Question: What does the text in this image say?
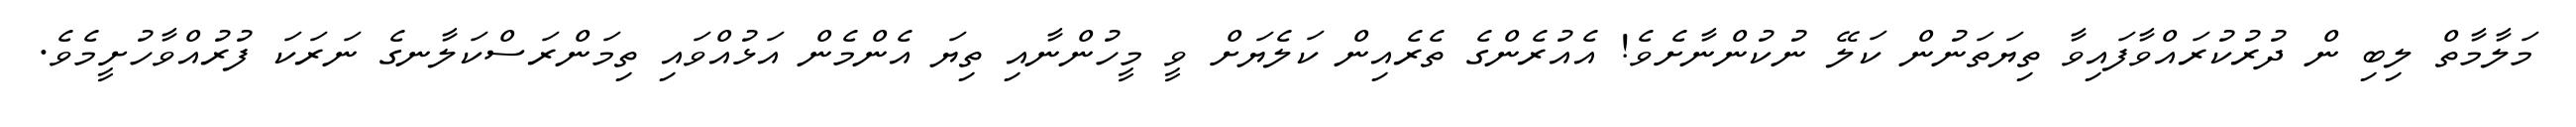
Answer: މަލާމާތް ލިބި ން ދުރުކުރައްވާފައިވާ ތިޔަތަނުން ކަލޭ ނުކުންނާށެވެ! އެއުރެންގެ ތެރެއިން ކަލެޔަށް ވީ މީހުންނާއި ތިޔަ އެންމެން އަޅުއްވައި ތިމަންރަސްކަލާނގެ ނަރަކަ ފުރުއްވާހުށީމެވެ.